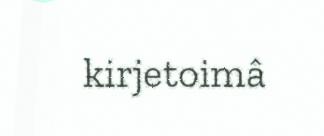
kirjetoimâ